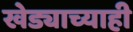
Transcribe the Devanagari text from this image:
खेड्याच्याही